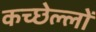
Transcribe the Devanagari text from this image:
कच्छेल्लों